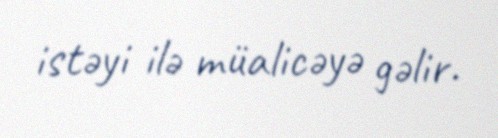
istəyi ilə müalicəyə gəlir.